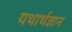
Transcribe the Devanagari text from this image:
यथार्थज्ञान